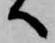
へ